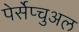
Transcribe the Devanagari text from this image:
पेर्सेप्चुअल